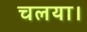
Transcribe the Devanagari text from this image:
चलया।